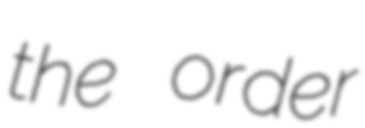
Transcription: the order